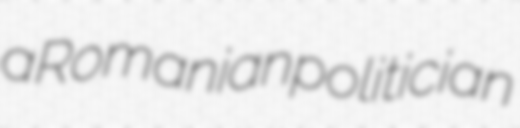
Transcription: a Romanian politician